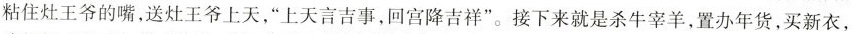
灶王爷的嘴，送灶王爷上天，”上天言吉事，回宫降吉祥”。接下来就是杀牛宰羊，置办年货，买新衣，